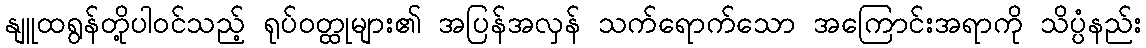
နျူထရွန်တို့ပါဝင်သည့် ရုပ်ဝတ္ထုများ၏ အပြန်အလှန် သက်ရောက်သော အကြောင်းအရာကို သိပ္ပံနည်း